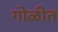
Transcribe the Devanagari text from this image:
गोळीत